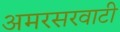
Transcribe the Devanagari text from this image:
अमरसरवाटी